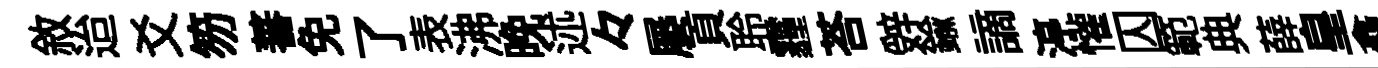
敘迨爻笏蕃免了表沸晚述々屡頁聆霾荅辤鍮謫渟懽囚範典薛皇龕